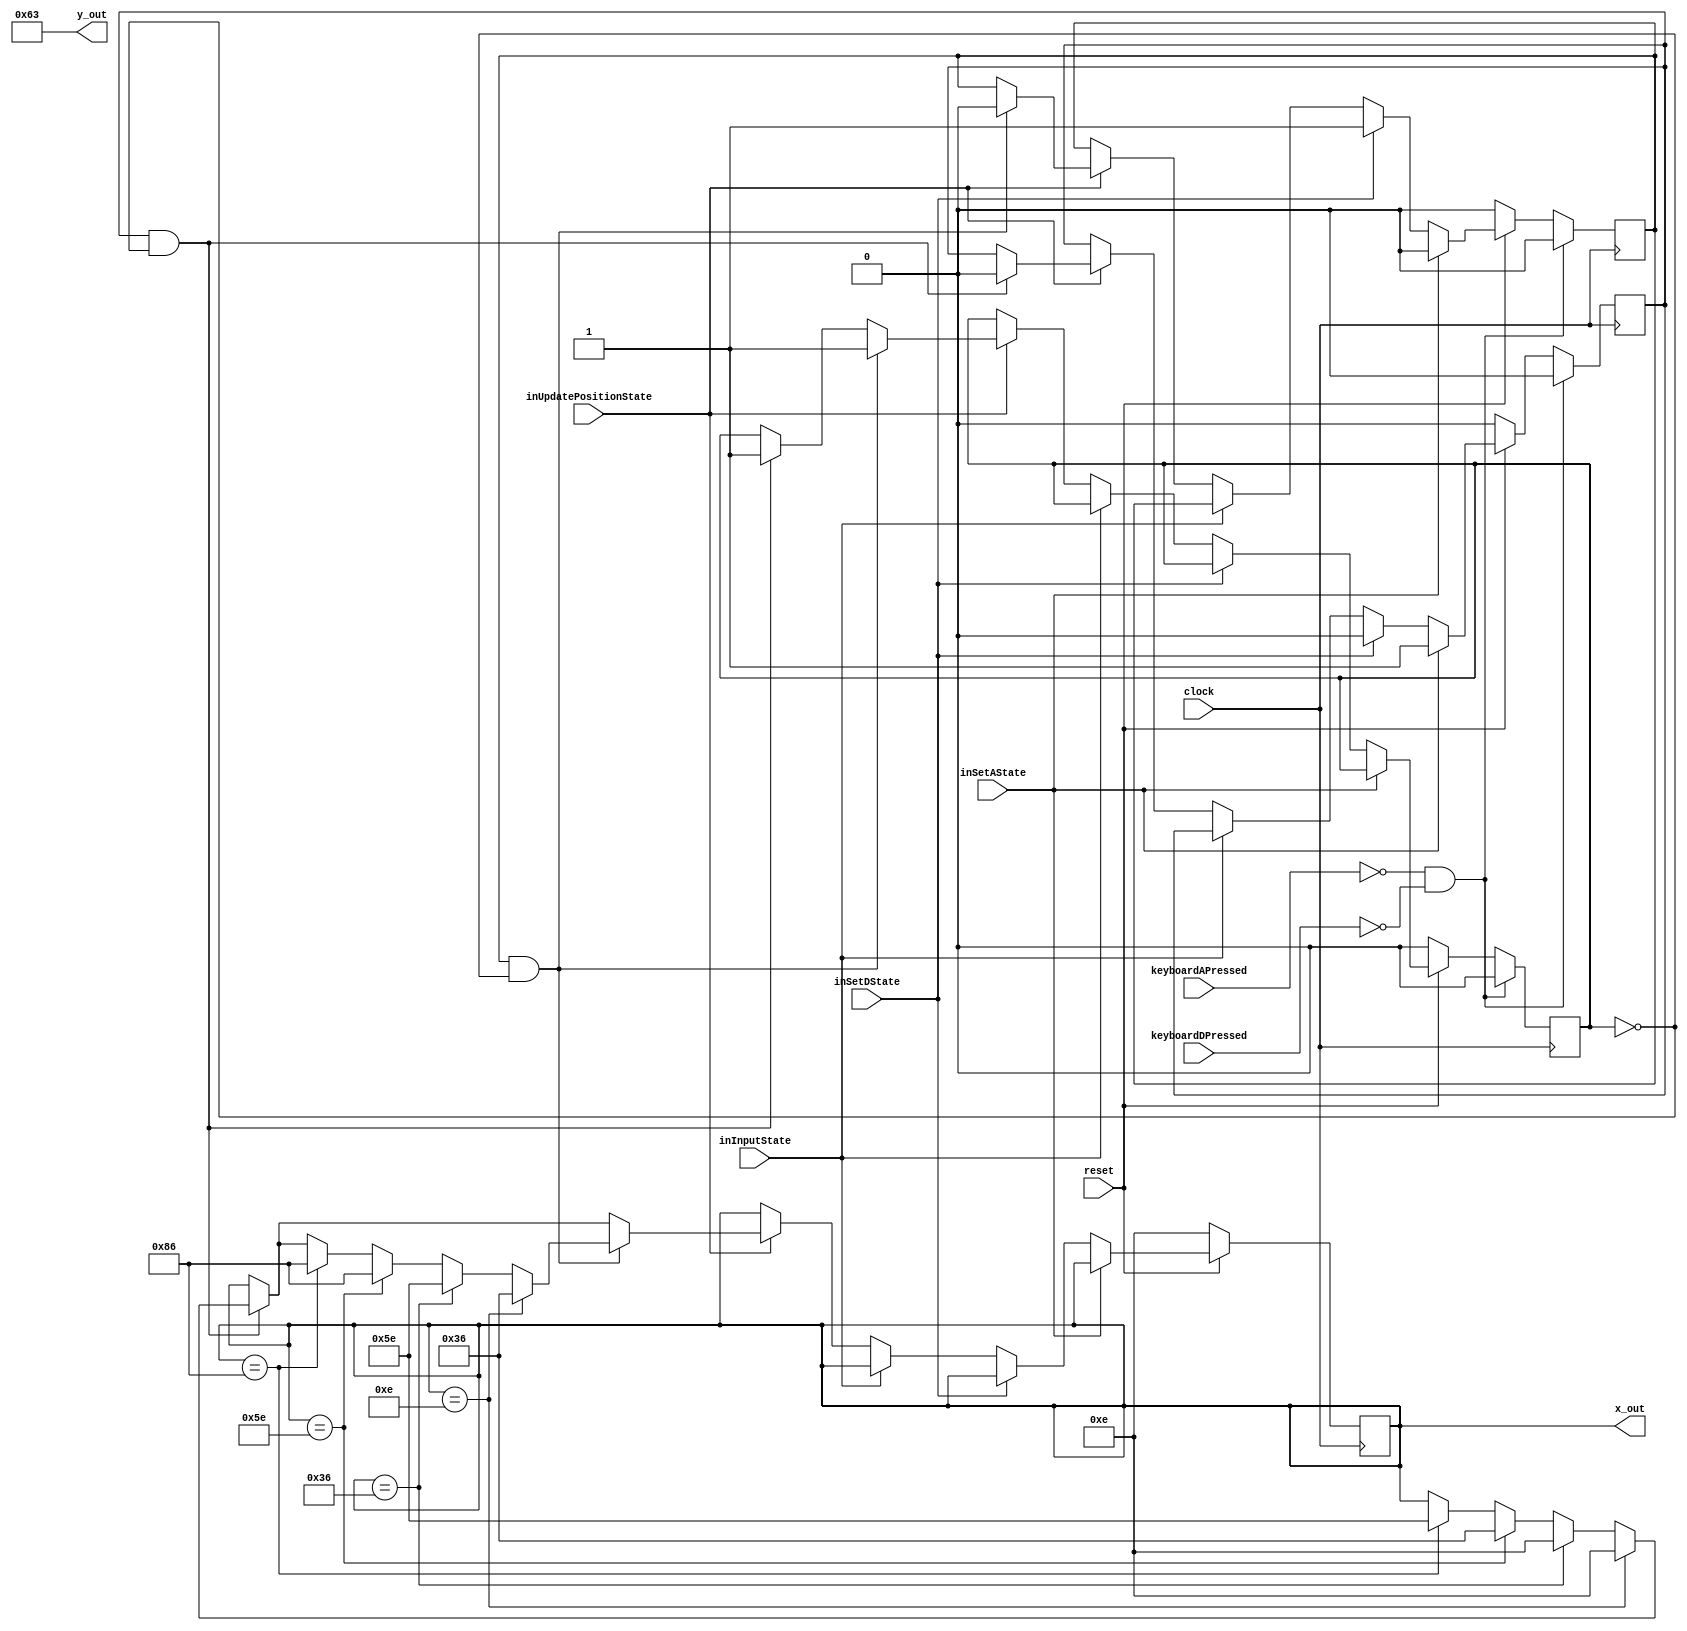
module playData(
	input clock, reset, inInputState, inUpdatePositionState, inSetAState, inSetDState, 
	output [7:0] x_out,
	output [6:0] y_out,
	input keyboardAPressed, keyboardDPressed);

	reg [7:0] xout; //register holding the current x coordinate of top left corner of the player. To be assigned to x_out
	reg aPressed, dPressed;
	
   reg buttonPressed;	
	 
	localparam	x1 = 8'd14, //position 1
					x2 = 8'd54, //position 2
					x3 = 8'd94, //position 3
					x4 = 8'd134, //position 4
					y  = 7'd99; //y stays constant
	
	//logic for switching position and colour based on current state
	always @(posedge clock)
	begin
		if (!reset) begin xout <= x1; aPressed <= 0; dPressed <= 0; buttonPressed <= 0; end // default for reset,  c =1, x = x1
		else if (inSetAState) begin aPressed <= 1; dPressed <= 0; end
		else if (inSetDState) begin aPressed <= 0; dPressed <= 1;  end
		else if (inInputState) begin xout <= xout;  end
		
		else if (inUpdatePositionState) begin
			if (aPressed && !buttonPressed) begin
				if (xout == x1) xout <= x1;
				else if (xout == x2) xout <= x1;
				else if (xout == x3) xout <= x2;
				else if (xout == x4) xout <= x3;
				aPressed <= 0;
				buttonPressed <= 1;
			end
			
			if (dPressed && !buttonPressed) begin
				if (xout == x1) xout <= x2;
				else if (xout == x2) xout <= x3;
				else if (xout == x3) xout <= x4;
				else if (xout == x4) xout <= x4;
				dPressed <= 0;
				buttonPressed <= 1;
			end
		end
		
		if (keyboardAPressed == 1'b0 && keyboardDPressed == 1'b0) begin buttonPressed <= 0; aPressed <= 0; dPressed <= 0; end
	end

	//assigning outputs
	assign x_out = xout;
	assign y_out = y;

endmodule